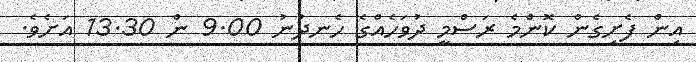
އިން ފެށިގެން ކޮންމެ ރަސްމީ ދުވަހެއްގެ ހެނދުނު 9.00 ން 13.30 އަށެވެ.